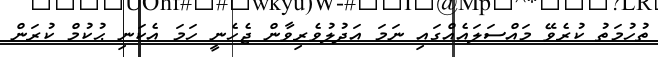
ތުހުމަތު ކުރެވޭ މައްސަލައެއްގައި ނަމަ އަދުލުވެރިވާން ޖެހެނީ ހަމަ އެކަނި ޙުކުމް ކުރަން